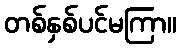
တစ်နှစ်ပင်မကြာ။